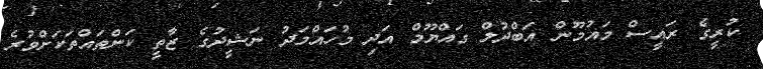
ކުރީގެ ރައީސް މައުމޫން އަބްދުލް ގައްޔޫމް އަދި މުހައްމަދު ނަޝީދުގެ ޒާތީ ކަންތައްތަކަށްވުރެ